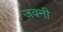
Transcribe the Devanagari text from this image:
जवनी